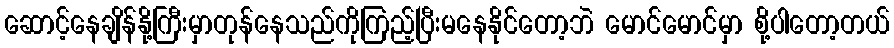
ဆောင့်နေချိန်နို့ကြီးမှာတုန်နေသည်ကိုကြည့်ပြီးမနေနိုင်တော့ဘဲ မောင်မောင်မှာ စို့ပါတော့တယ်